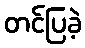
တင်ပြခဲ့